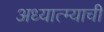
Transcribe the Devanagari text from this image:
अध्यात्म्याची